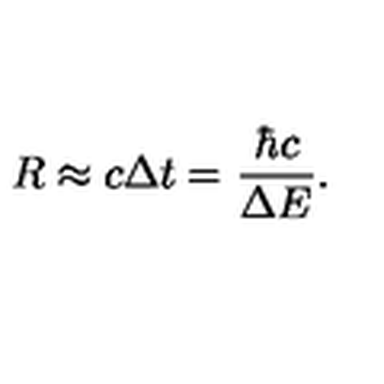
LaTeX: R \approx c \Delta t = \frac { \hbar c } { \Delta E } .